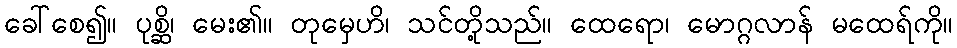
ခေါ်စေ၍။ ပုစ္ဆိ၊ မေး၏။ တုမှေဟိ၊ သင်တို့သည်။ ထေရော၊ မောဂ္ဂလာန် မထေရ်ကို။